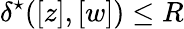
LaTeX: {\delta^{\star}([z],[w])\leq R}